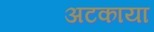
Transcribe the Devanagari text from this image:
अटकाया